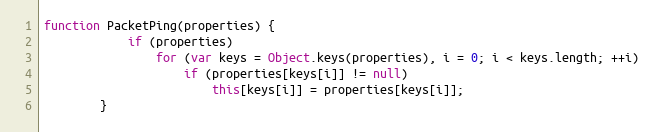
Language: JavaScript
function PacketPing(properties) {
			if (properties)
				for (var keys = Object.keys(properties), i = 0; i < keys.length; ++i)
					if (properties[keys[i]] != null)
						this[keys[i]] = properties[keys[i]];
		}